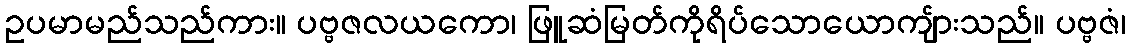
ဥပမာမည်သည်ကား။ ပဗ္ဗဇလယကော၊ ဖြူဆံမြတ်ကိုရိပ်သောယောကျ်ားသည်။ ပဗ္ဗဇံ၊